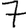
Digit: 7